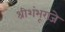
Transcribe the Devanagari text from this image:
श्रीशंभूराजे